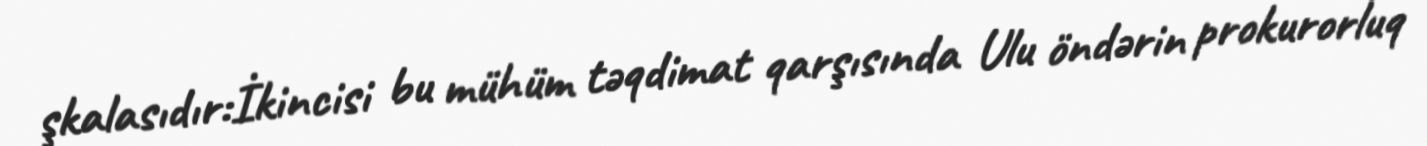
şkalasıdır:İkincisi bu mühüm təqdimat qarşısında Ulu öndərin prokurorluq